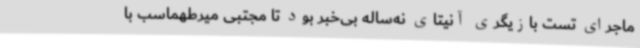
ماجرای تست بازیگری آنیتای نه‌ساله بی‌خبر بود تا مجتبی میرطهماسب با